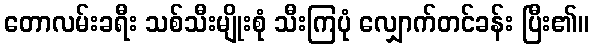
တောလမ်းခရီး သစ်သီးမျိုးစုံ သီးကြပုံ လျှောက်တင်ခန်း ပြီး၏။